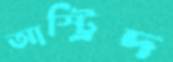
আস্ট্রিদ